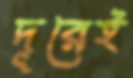
দূরেই